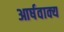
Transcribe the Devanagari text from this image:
आर्षवाक्य